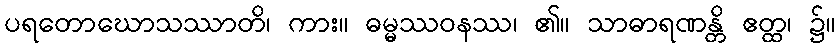
ပရတောဃောသဿာတိ၊ ကား။ ဓမ္မဿဝနဿ၊ ၏။ သာဓာရဏန္တိ ဧတ္ထ၊ ၌။